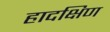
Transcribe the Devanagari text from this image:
हादक्षिण